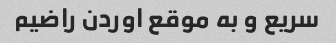
سریع و به موقع اوردن راضیم